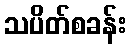
သပိတ်စခန်း